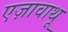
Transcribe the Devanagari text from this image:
एज़ावाथू